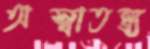
অস্বাতন্ত্র্য